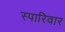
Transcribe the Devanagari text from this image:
स्पारिवार